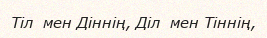
Тіл  мен Діннің, Діл  мен Тіннің,